Vana-Kasaritsa_(Kasaritsa)_vallavalitsus, lk 44
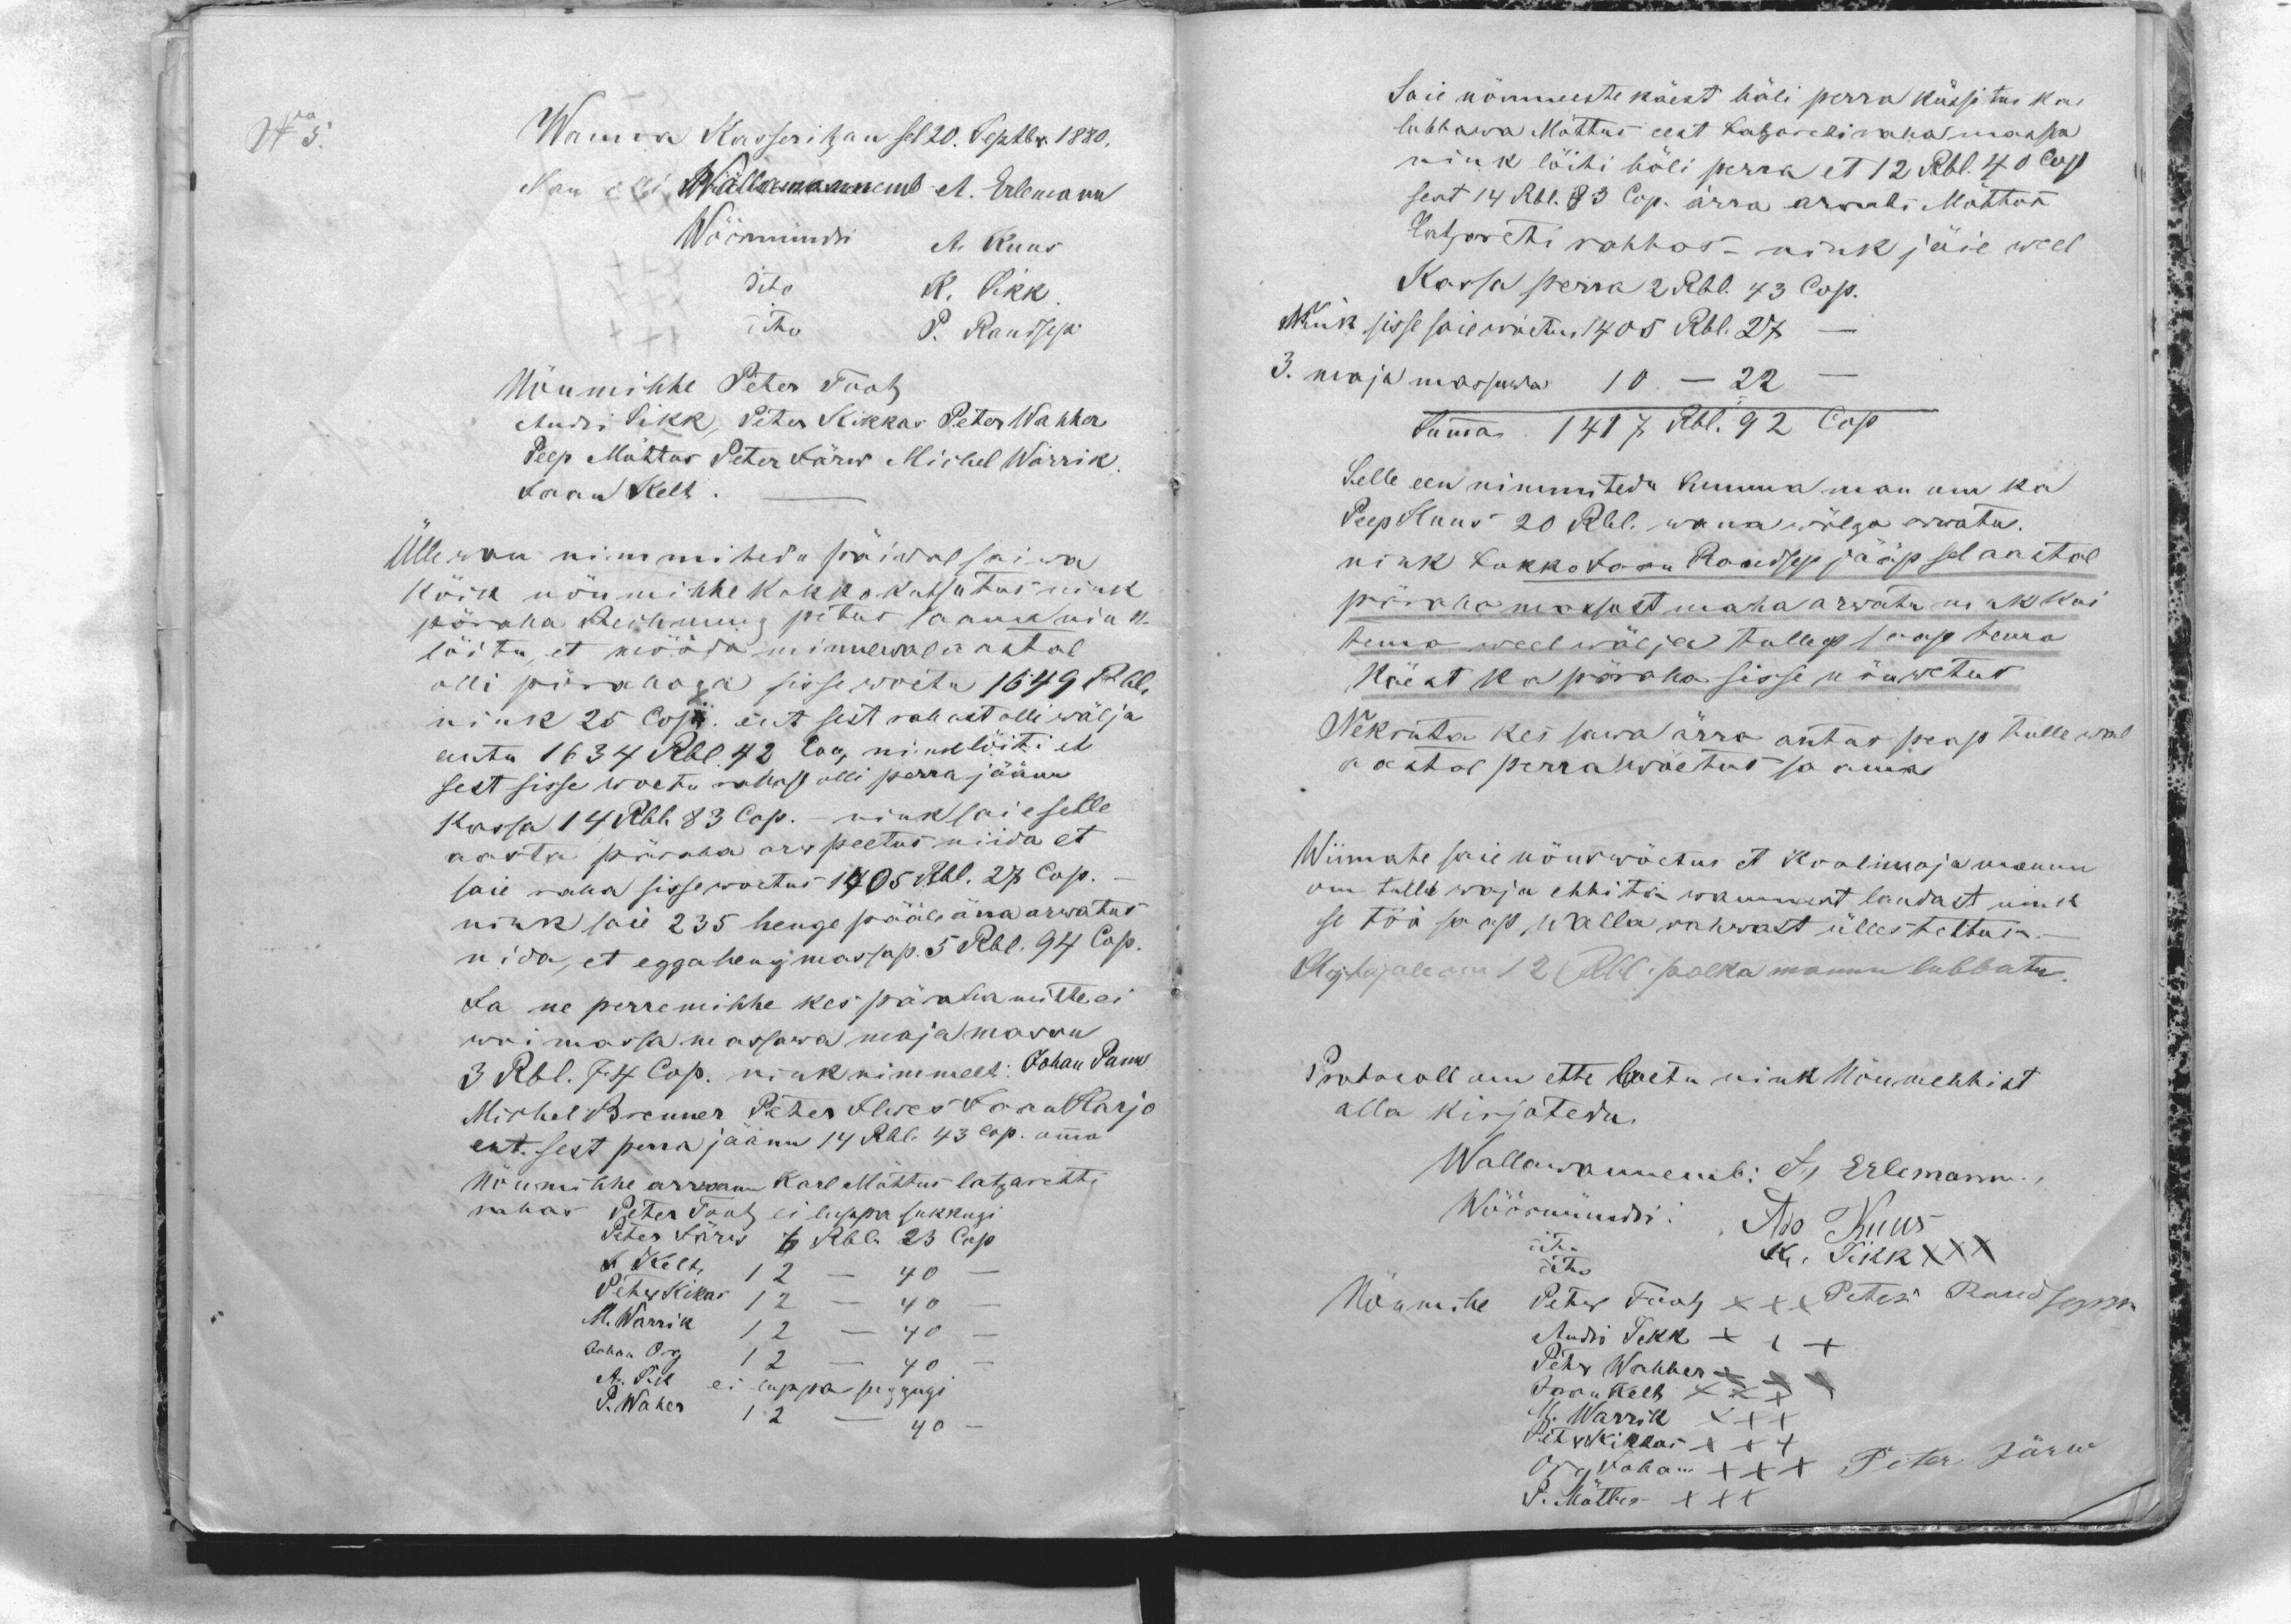
Wanna Kasseritzan sel 20. Septbr. 1880.
Man olli Wallawannemb - A. Erlemann
Wöörmündri A. Kuus
dito K. Sikk
dito P. Raudsep
Nõumihhe Peter Tootz
Andri Sikk, Peter Kikkas Peter Wahher
Peep Mõttus Peter Järw Michel Warrik.
Jaan Kelt. _
Üllewan nimmitedu päiwal saiwa
kõik nõumihhe kokkokutsutus nink
päraha Rechnung petus saama nink
löitu, et mööda minnewal aastal
olli pärahaga sissewoetu 1649 Rbl.
nink 25 Cop. ent sest rahast olli wälja
antu 1634 Rbl. 42 Cop, nink löiti et
sest sisse woetu rahast olli perra jäänu
kassa 14 Rbl. 83 Cop. - nink saie selle
aasta päraha arw peetus niida et
saie raha sissewoetus 1405 Rbl. 27 Cop. -
nink saie 235 henge pääle ärra arwatus
nida, et egga heng massap 5 Rbl. 94 Cop.
Ja ne perremihhe kes päraha mitte ei
woi massa massawa majamassu
3 Rbl. 74 Cop. nink nimmelt: Johan Pann
Michel Brenner Peter Ilwes Jaan Harjo
ent, sest perra jäänu 14 Rbl. 43 kop. omma
Nõumihhe arwanu Karl Mõttus latzaretti
rahas Peter Tootz ei luppa sukkugi
Peter Järw 6 Rbl. 23 Cop.
A. Kelt 12 - 40 -
Peter Kikas 12 - 40 -
M. Warrik 12 - 40 -
Johan Org 12 - 40 -
A. Sik ei luppa suggugi
P. Waher 12 - 40 -

Saie nõumeeste käest häli perra küssitus kas
lubbawa Mõttus eent Latzareti raha massa
nink löiti häli perra, et 12 Rbl. 40 Cop
sest 14 Rbl. 83 Cop. ärra arwati Mõttus
Latzareti rahhas - nink jäie weel
Kassa perra 2 Rbl. 43 Cop.
Nink sisse saie wõetu 1405 Rbl. 27 -
3. maja massuwa 10 - 22 -
Summa 1417 Rbl. 92 Cop.
Selle een nimmitedu Summa man om ka
Peep Kuus 20 Rbl. wana wõlga arwatu.
nink Lokko Jaan Raudsep jääp sel aastal
päraha maksust maha arwatu nink kui
tema weel wälja tullep saap tema
käest ka päraha sisse nõuwetus
Nekruta kes sawa ärra antas peap tullewal
aastal perra wõetus saama
Wiimate saie nõuswõetus et Koolimaja mannu
om talli waja ehhita wannast laudast nink
se töö saap walla rahwast ülles tettus.
Ehjtajale om 12 Rbl. palka mannu lubbatu.
Protocoll om ette loetu nink Nõumehhist
alla kirjotedu.
Wallawannemb: A, Erlemann.
Wöörmündri: Ado Kuus
dito K. Sikk XXX
dito
Nõumihe Peter Tootz XXX
Peter Raudsepp
Andri Sikk XXX
Petr Wahher XXX
Jaan Kelt XXX
M. Warrik XXX
Petr Kikkas XXX
Org Johan XXX
Peter Järw
P. Mõttus XXX

No 5.